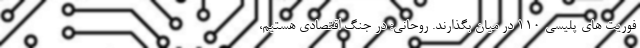
فوریت های پلیسی ۱۱۰ در میان بگذارند. روحانی: در جنگ اقتصادی هستیم،